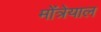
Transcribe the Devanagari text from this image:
मोंत्रेयाल